system: You are a helpful assistant.
user:
Analyze the provided spectrum to determine if it is a **S-type Star**.

- **Key Indicators for S-type Star:**

    - **(Overall Spectrum Shape):** The first and most obvious characteristic is the overall continuum (the "baseline" shape). It is **extremely "red-sloping,"** meaning the flux (light intensity) is very low on the left side (blue, ~4000-4500 Å) and rises steeply and continuously toward the right side (red, ~7000 Å+).

    - **(Primary):** The spectrum is defined by the presence of strong, broad molecular absorption "valleys" (bands) from **Zirconium Oxide (ZrO)**. The identification of these bands is the **primary requirement** for classifying a star as S-type.
        - **(Key Bandheads):** You must find distinct, deep "dips" where the light has been absorbed. The most critical band systems to locate are:
            - **~6474 Å** ($\gamma$-system): This is often the strongest and clearest ZrO feature, found in the red part of the spectrum.
            - **~5718 Å** & **~5551 Å** ($\beta$-system): A pair of prominent absorption features in the yellow-orange part of the spectrum.
            - **~4640 Å** ($\alpha$-system): A key absorption band system in the blue-green region of the spectrum.

    - **(Secondary Confirmation):** The classification is strengthened by finding additional absorption bands from other related heavy element oxides, which are expected to be present alongside ZrO.
        - **(Key Bandheads):**
            - **Yttrium Oxide (YO):** Look for absorption dips near **~4800 Å** and **~6100 Å**.
            - **Lanthanum Oxide (LaO):** Additional absorption features, particularly in the red-orange part of the spectrum, are also characteristic.

    - **(Line Profile):** The combination of the steep red continuum and these numerous, deep molecular bands (ZrO, YO, etc.) gives the entire spectrum a very **"chopped-up"** or **"bumpy"** appearance. Instead of a smooth curve, the spectrum looks as though large, wide chunks of light have been "carved out" of it at the specific wavelengths listed above.

Think first, call **spectral_visualization_tool** if needed to examine features in detail, then provide your final answer. Your response must adhere to the following strict rules:
1.  **Overall Structure:** Your response must follow the format `<think>...</think> <tool_call>...</tool_call> (if a tool is used) <answer>...</answer>`.
2.  **Tool Usage Constraint:** You may only make **one** tool call per turn.
3.  **Final Answer Format:** In the `<answer>` tag, your conclusion must be inside a `\boxed{}` command (e.g., `\boxed{YES}` or `\boxed{NO}`), followed by your justification.

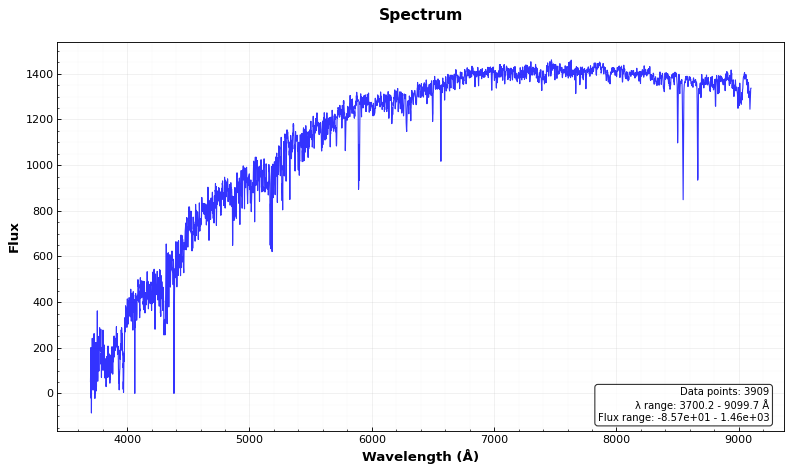
Answer: NO